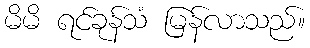
မိမိ ရင်ခုန်သံ မြန်လာသည်။